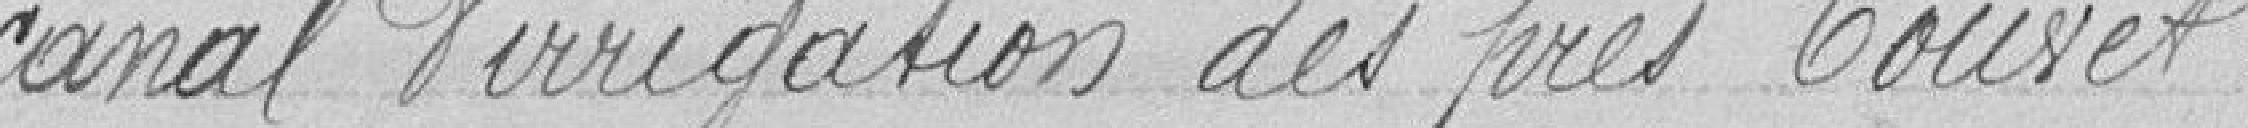
canal d'irrigation des près Couvet.